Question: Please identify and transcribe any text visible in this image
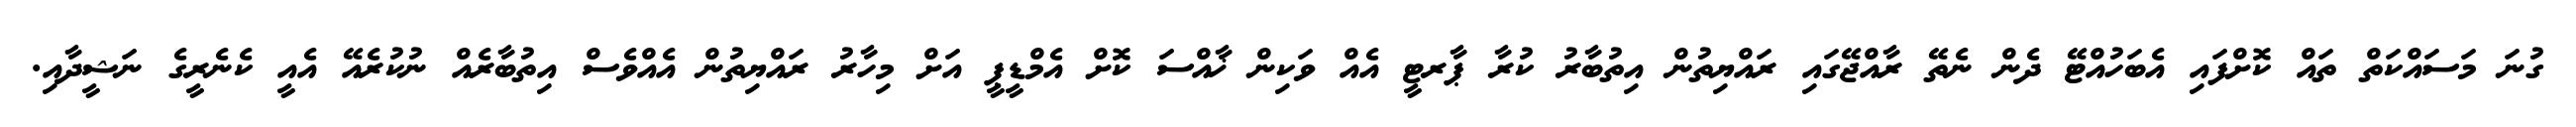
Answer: ގުނަ މަސައްކަތް ތައް ކޮށްފައި އެބަހުއްޓޭ ދެން ނެތޭ ރާއްޖޭގައި ރައްޔިތުން އިތުބާރު ކުރާ ޕާރޓީ އެއް ވަކިން ޚާއްސަ ކޮށް އެމްޑީޕީ އަށް މިހާރު ރައްޔިތުން އެއްވެސް އިތުބާރެއް ނުކުރެއޭ އެއީ ކެނެރީގެ ނަޝީދާއި.